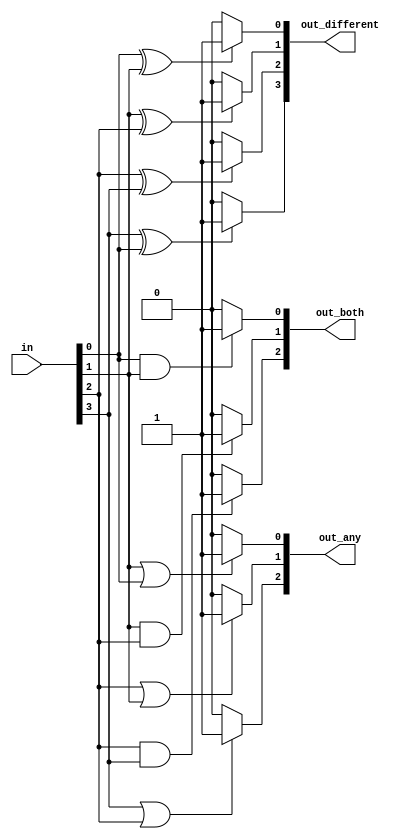
module top_module( 
    input [3:0] in,
    output [2:0] out_both,
    output [3:1] out_any,
    output [3:0] out_different );
    integer i;
    reg [2:0]both;
    reg [3:1]any;
    reg [3:0]different;
    always @(*) begin
        both = 0;
        any = 0;
        different = 0;
        for(i=0;i<3;i=i+1) begin
            if((in[i]&in[i+1]) == 1) begin
                both[i] = 1;
            end
        end
        for(i=1;i<4;i=i+1) begin
            if((in[i]|in[i-1]) == 1) begin
                any[i] = 1;
            end
        end
        for(i=0;i<4;i=i+1) begin
            if(i<3) begin
                if(in[i]^in[i+1]) begin
                    different[i] = 1;
                end
            end
            else begin 
                if(in[3]^in[0]) begin
                    different[3] = 1;
                end
            end
        end
    end
    assign out_both = both;
    assign out_any[3:1] = any[3:1];
    assign out_different = different;
endmodule